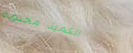
الكمية محدودة